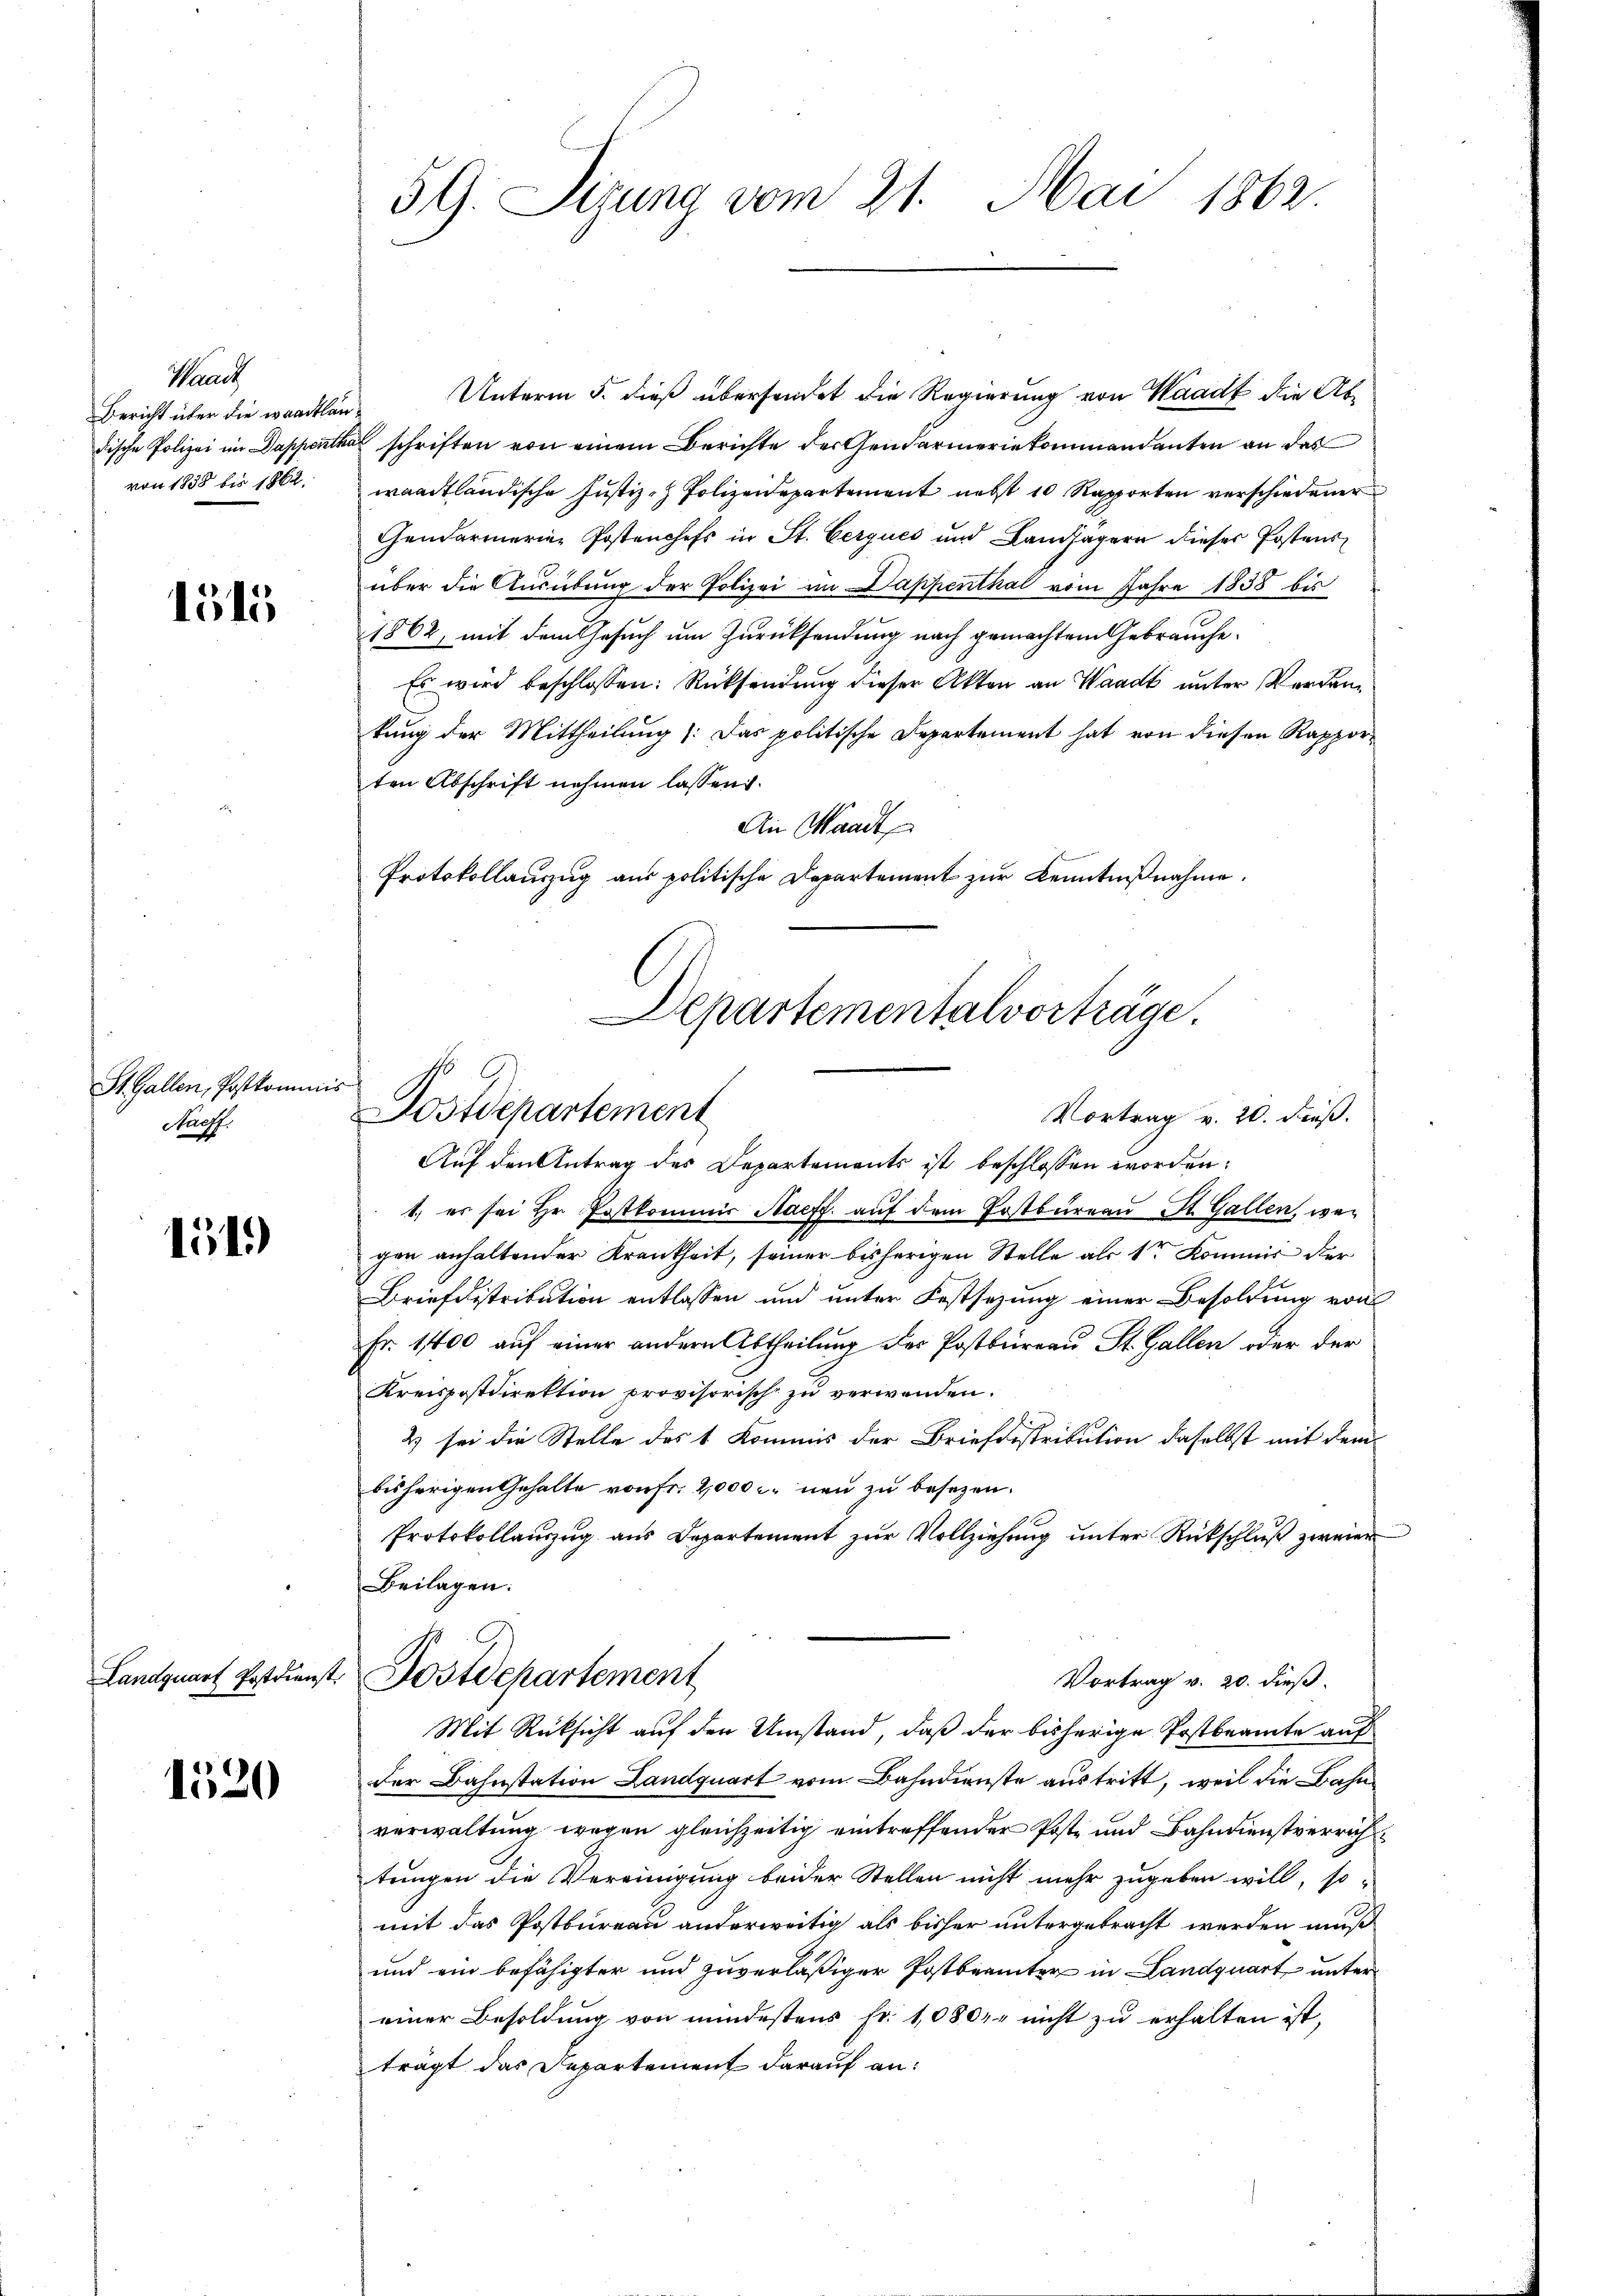
Waadt
Bericht über die waadtlän
von 1858 bis 1862

lölö

St. Gallen, Postkommis
Staff

11.)

1520

59. Sizung vom 21. Mai 1862.

Unterm 5. dieß übersendet die Regierung von Waadt die Ab¬
u
dische Polizei im Dappenthal schriften von einem Berichte der Gendarmeriekommendanten an das
waadtländische Justiz- Polizeidepartement nebst 10 Rapporten verschiedener
Gendarmerien Postenchefs in St. Cerques und Landjägern dieser Postens
über die Ausübung der Polizei im Dappenthal vom Jahre 1838 bis
1862, mit dem Gesuch um Zurücksendung nach gemachtem Gebrauche
Es wird beschlossen: Rücksendung dieser Akten an Waadt unter Verdantung der Mittheilung (das politische Departement hat von diesen Rapporten Abschrift nehmen lassen.
An Waadt
Protokollauszug aus politische Departement zur Kenntnißnahme.
Auf den Antrag des Departements ist beschlossen worden:
1. es sei Hr. Postkommis Nacff. auf dem Erstbüreau St. Gallen, wegen anhaltender Krankheit, seiner bisherigen Stelle als 1ten Kommis der
Briefdistribution entlassen und unter Festsezung einer Besoldung von
Fr. 1400 auf einer andern Abtheilung des Postbureau St. Gallen oder der
Kreispostdirektion provisorisch zu verwenden.
2 sei die Stelle des 1 Kommis der Briefdistribution daselbst mit dem
bisherigen Gehalte von Fr. 2,000 c. neu zu besezen.
Protokollaŭszŭg aŭs Departement zŭr Vollziehŭng ŭnter Rückschlŭβ zweier
Beilagen:
Landquart Postdienst. Postdepartement
Vortrag v. 20. dieß.
Mit Rücksicht auf den Umstand, daß der bisherige Postbeamte auf
der Bahnstation Landquart vom Bahndienste austritt, weil die Bahnverwaltung wegen gleichzeitig eintreffender Post- und Bahndienstverricht
tungen die Vereinigung beider Stellen nicht mehr zugeben will, so-
mit das Postbureau anderweitig als bisher untergebracht werden muß
und ein befähigter und zuverläßiger Postbeamter in Landquart untereiner Besoldung von mindestens fr. 1080 nicht zu erhalten ist,
trägt das Departement darauf an:

Departementalvorträge.
Postdepartement
Vortrag v. 20. dieß.